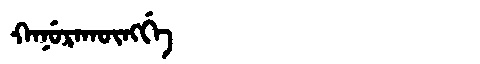
Manchu: ᡴᠠᠨᡠᡵᠠᡴᡡᠩᡤᡝ
Romanization: KANURAKŪNGGE